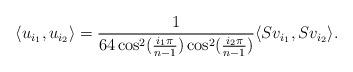
LaTeX: \begin{align*} \langle{u_{i_1}}, {u_{i_2}} \rangle=\frac{1}{64\cos^{2}(\frac{i_1 \pi }{n-1})\cos^{2}(\frac{i_2 \pi }{n-1})} \langle Sv_{i_1},Sv_{i_2} \rangle.\end{align*}